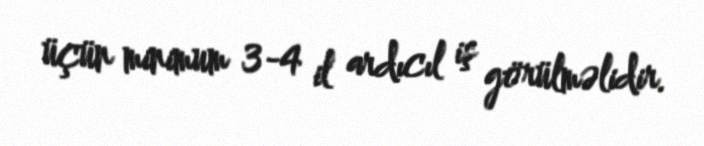
üçün minimum 3-4 il ardıcıl iş görülməlidir.